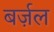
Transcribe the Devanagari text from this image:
बर्ज़ल